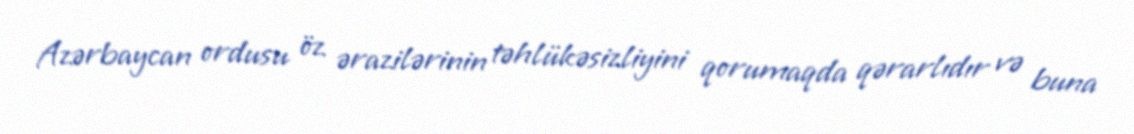
Azərbaycan ordusu öz ərazilərinin təhlükəsizliyini qorumaqda qərarlıdır və buna